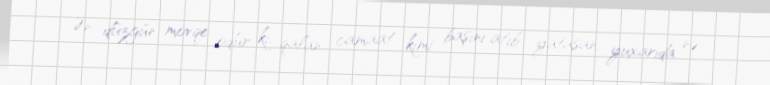
Ən düzgün movqe odur ki, qalan camaat kimi başını atıb yatasan, yuxarıda nə